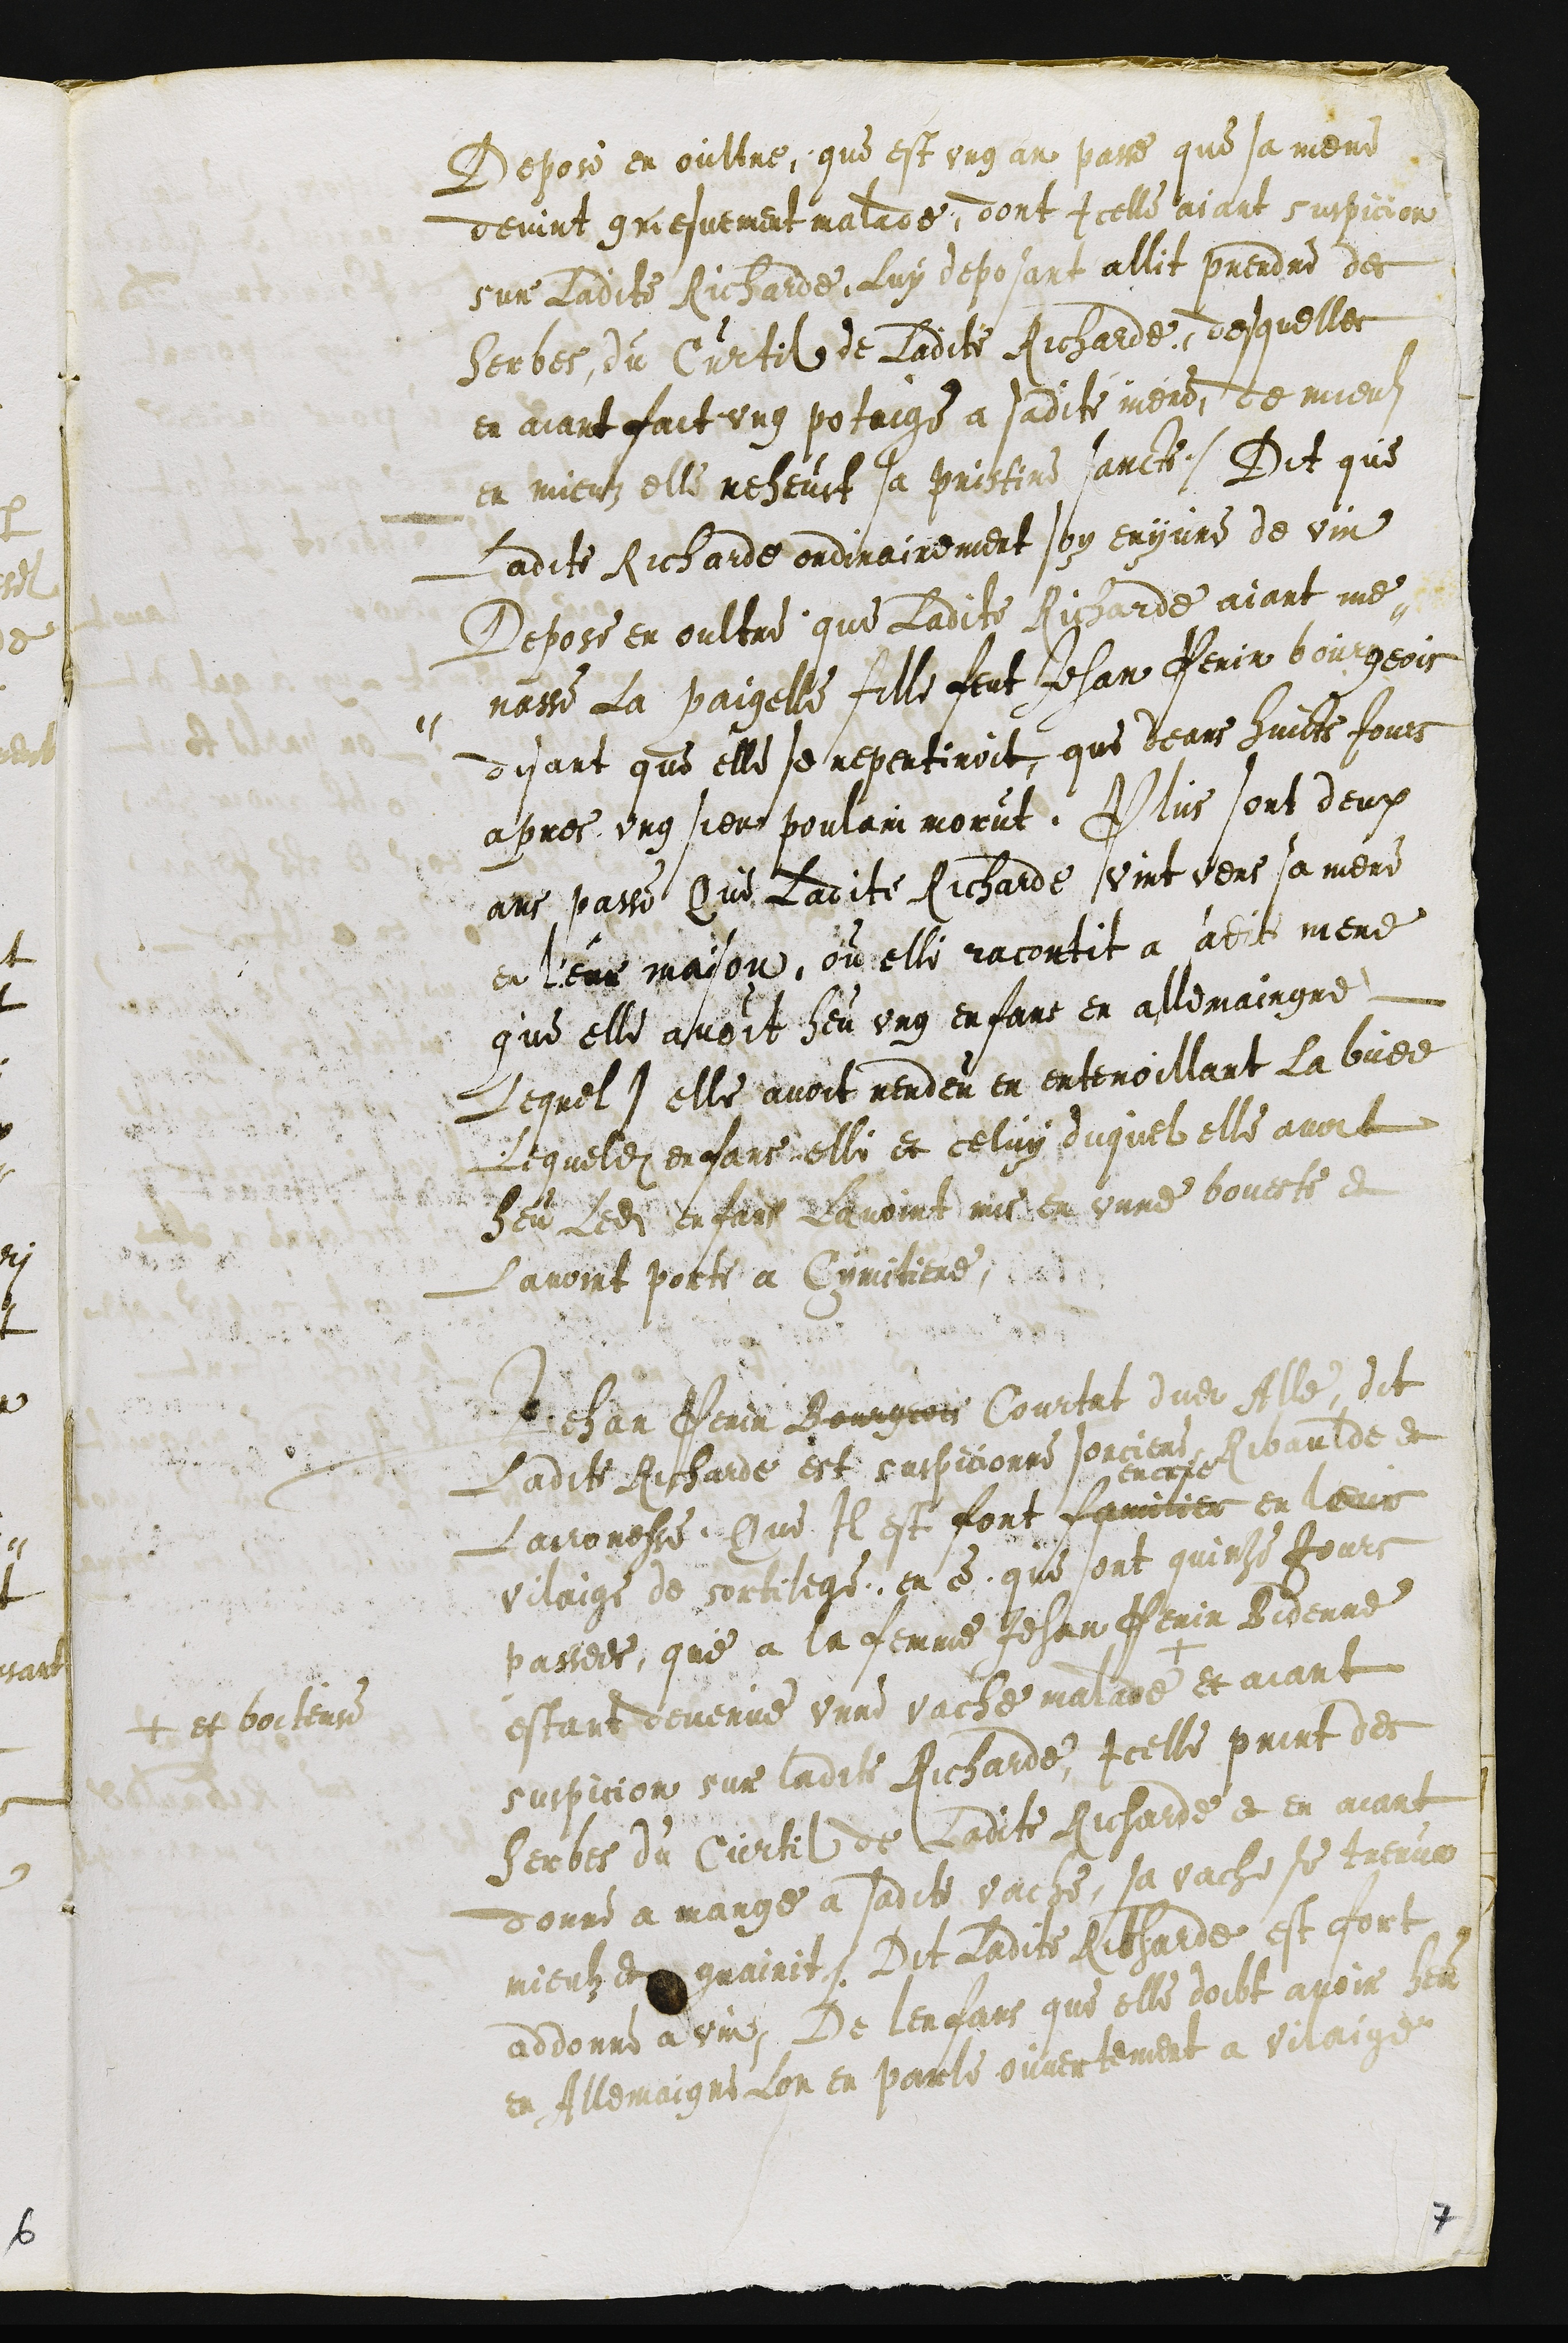
Depose en oultre, que est ung an passe que sa mene
devint grievement malade, dont Icelle aiant suspicion
sur ladite Richarde Luy deposant allit prendre des
herbes du Curtil de Ladite Richarde desquelles
en aiant fait ung potaige a sadite mere, de mieuls
en mieulz elle reheut sa pristine sancte. Dit que
Ladite Richarde ordinairement soy enyvre de vin
Depose en oultre que Ladite Richarde aiant me-
nasse La paigelle fille feut Jehan Perin bourgeois
disant que elle se repentiroit, que deans huicts Jours
apres ung sien poulain morut. Plus sont deux
ans passe Que Ladite Richarde vint vers sa mere
en leur maison, ou elle racontit a sadite mere
que elle avoit heu ung enfant en allemaingne
Lequel elle avoit rendeu en entenoillant la buee
Lequeldit enfans, elle et celuy duquel elle avoit
heu ledit enfans Lavoint mis unne boueste et
Lavoint porte a Cymitiere,
Jehan Perin Bourgeois Courtat dudit Alle dit
Ladite Richarde est suspicionne sorciere, Ribaulde et
Laironesse, que Il est fort familier
encrie
en leur
vilaige de sortilege, en ce que sont quinze Jours
passees, que a la femme Jehan Perin Bidenne
estant devenue unne vache malade +
+ et boiteuse
et aiant
suspicion sur ladite Richarde, Icelle print des
herbes du Curtil de ladite Richarde et en aiant
donne a mange a sadite vache, sa vache se treuva
mieulz et guairit. Dit ladite Richarde est fort
addonne a vin, De lenfans que elle doibt avoir heu
En Allemaigne Lon en parle ouvertement a vilaige